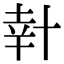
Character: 𠦧